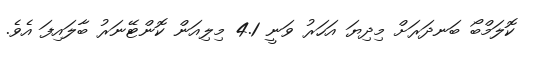
ކޮލަމްބޯ ބަނދަރަށް މިދިޔަ އަހަރު ވަނީ 4.1 މިލިއަން ކޮންޓޭނަރު ބާލައިފަ އެވެ.